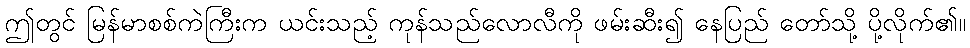
ဤတွင် မြန်မာစစ်ကဲကြီးက ယင်းသည့် ကုန်သည်လောလီကို ဖမ်းဆီး၍ နေပြည် တော်သို့ ပို့လိုက်၏။